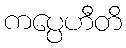
ကပ္ပေဟီတိ